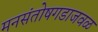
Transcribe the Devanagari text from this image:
मनसंतोषगडाजवळ